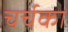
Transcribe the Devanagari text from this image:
चर्चका